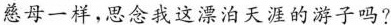
慈母一样，思念我这漂泊天涯的游子吗?